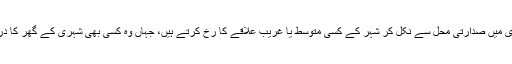
صدر اردگان اور ان کی اہلیہ افطار سے کچھ دیر پہلے اپنی گاڑی میں صدارتی محل سے نکل کر شہر کے کسی متوسط یا غریب علاقے کا رخ کرتے ہیں، جہاں وہ کسی بھی شہری کے گھر کا دروازہ بجاتے ہیں اور اہل خانہ کے ساتھ مل کر افطار کرتے ہیں۔